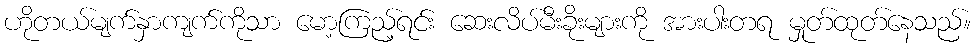
ဟိုတယ်မျက်နှာကျက်ကိုသာ မော့ကြည့်ရင်း ဆေးလိပ်မီးခိုးများကို အားပါးတရ မှုတ်ထုတ်နေသည်။